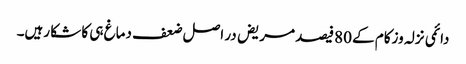
دائمی نزلہ وزکام کے 80فیصد مریض در اصل ضعف دماغ ہی کا شکا رہیں۔